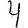
Digit: 4